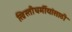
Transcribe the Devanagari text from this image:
ख्रिस्तीधर्मीयांसाठी